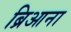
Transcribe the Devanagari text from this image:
ब्रिआना